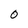
Character: 0